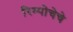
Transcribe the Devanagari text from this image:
रिम्पोचेचे